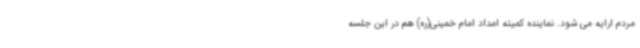
مردم ارایه می شود. نماینده کمیته امداد امام خمینی(ره) هم در این جلسه